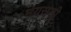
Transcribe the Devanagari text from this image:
मयसृष्टी